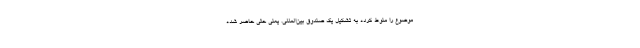
موضوع را منوط کرده به تشکیل یک صندوق بین‌المللی. یعنی حتی حاضر شده